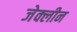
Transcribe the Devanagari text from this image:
जेक्लीन